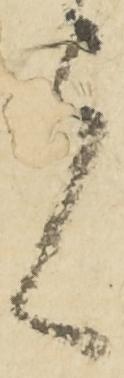
者